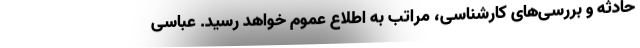
حادثه و بررسی‌های کارشناسی، مراتب به اطلاع عموم خواهد رسید. عباسی